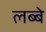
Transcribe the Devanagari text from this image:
लब्बे